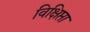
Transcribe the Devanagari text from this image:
विक्षिप्ता